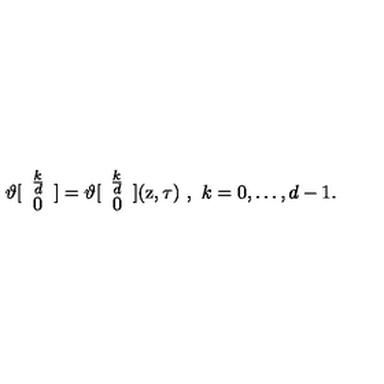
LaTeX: \vartheta [ \begin{array} { c } { \frac { k } { d } } \\ { 0 } \\ \end{array} ] = \vartheta [ \begin{array} { c } { \frac { k } { d } } \\ { 0 } \\ \end{array} ] ( \mathrm { z } , \tau ) \ , \ k = 0 , \ldots , d - 1 .